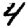
Digit: 4